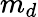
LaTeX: m_{d}